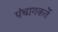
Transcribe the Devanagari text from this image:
पंचागकर्ते